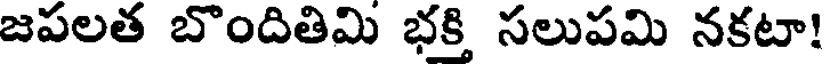
జపలత బొందితిమి భక్తి సలుపమి నకటా!